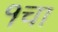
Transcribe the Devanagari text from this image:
१चा